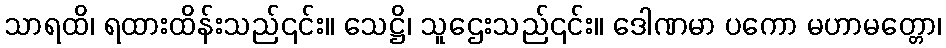
သာရထိ၊ ရထားထိန်းသည်၎င်း။ သေဋ္ဌိ၊ သူဌေးသည်၎င်း။ ဒေါဏမာ ပကော မဟာမတ္တော၊